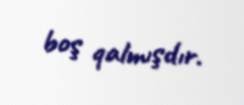
boş qalmışdır.